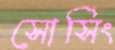
সোর্সিং